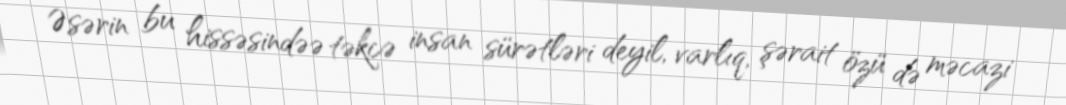
Əsərin bu hissəsindəə təkcə insan sürətləri deyil, varlıq, şərait özü də məcazi